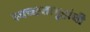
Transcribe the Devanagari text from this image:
स्वच्छतागृहांची